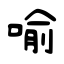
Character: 喻